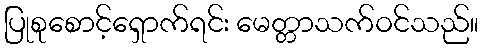
ပြုစုစောင့်ရှောက်ရင်း မေတ္တာသက်ဝင်သည်။